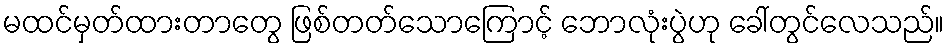
မထင်မှတ်ထားတာတွေ ဖြစ်တတ်သောကြောင့် ဘောလုံးပွဲဟု ခေါ်တွင်လေသည်။